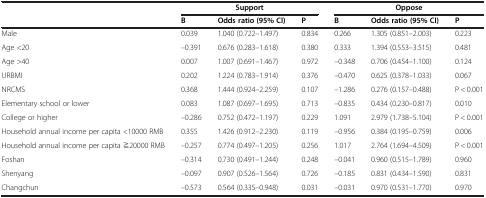
<table><thead><tr><td><b> </b></td><td colspan="3"><b>Support</b></td><td colspan="3"><b>Oppose</b></td></tr><tr><td><b> </b></td><td><b>B</b></td><td><b>Odds ratio (95% CI)</b></td><td><b>P</b></td><td><b>B</b></td><td><b>Odds ratio (95% CI)</b></td><td><b>P</b></td></tr></thead><tbody><tr><td>Male</td><td>0.039</td><td>1.040 (0.722–1.497)</td><td>0.834</td><td>0.266</td><td>1.305 (0.851–2.003)</td><td>0.223</td></tr><tr><td>Age &lt;20</td><td>–0.391</td><td>0.676 (0.283–1.618)</td><td>0.380</td><td>0.333</td><td>1.394 (0.553–3.515)</td><td>0.481</td></tr><tr><td>Age &gt;40</td><td>0.007</td><td>1.007 (0.691–1.467)</td><td>0.972</td><td>–0.348</td><td>0.706 (0.454–1.100)</td><td>0.124</td></tr><tr><td>URBMI</td><td>0.202</td><td>1.224 (0.783–1.914)</td><td>0.376</td><td>–0.470</td><td>0.625 (0.378–1.033)</td><td>0.067</td></tr><tr><td>NRCMS</td><td>0.368</td><td>1.444 (0.924–2.259)</td><td>0.107</td><td>–1.286</td><td>0.276 (0.157–0.488)</td><td>P &lt; 0.001</td></tr><tr><td>Elementary school or lower</td><td>0.083</td><td>1.087 (0.697–1.695)</td><td>0.713</td><td>–0.835</td><td>0.434 (0.230–0.817)</td><td>0.010</td></tr><tr><td>College or higher</td><td>–0.286</td><td>0.752 (0.472–1.197)</td><td>0.229</td><td>1.091</td><td>2.979 (1.738–5.104)</td><td>P &lt; 0.001</td></tr><tr><td>Household annual income per capita &lt;10000 RMB</td><td>0.355</td><td>1.426 (0.912–2.230)</td><td>0.119</td><td>–0.956</td><td>0.384 (0.195–0.759)</td><td>0.006</td></tr><tr><td>Household annual income per capita ≧20000 RMB</td><td>–0.257</td><td>0.774 (0.497–1.205)</td><td>0.256</td><td>1.017</td><td>2.764 (1.694–4.509)</td><td>P &lt; 0.001</td></tr><tr><td>Foshan</td><td>–0.314</td><td>0.730 (0.491–1.244)</td><td>0.248</td><td>–0.041</td><td>0.960 (0.515–1.789)</td><td>0.960</td></tr><tr><td>Shenyang</td><td>–0.097</td><td>0.907 (0.526–1.564)</td><td>0.726</td><td>–0.185</td><td>0.831 (0.434–1.590)</td><td>0.831</td></tr><tr><td>Changchun</td><td>–0.573</td><td>0.564 (0.335–0.948)</td><td>0.031</td><td>–0.031</td><td>0.970 (0.531–1.770)</td><td>0.970</td></tr></tbody></table>